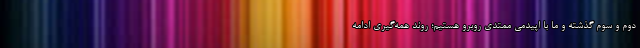
دوم و سوم گذشته و ما با اپیدمی ممتدی روبرو هستیم؛ روند همه‌گیری ادامه